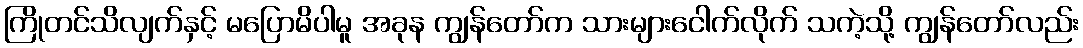
ကြိုတင်သိလျက်နှင့် မပြောမိပါမူ အခုန ကျွန်တော်က သားများငေါက်လိုက် သကဲ့သို့ ကျွန်တော်လည်း